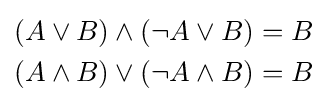
{\begin{aligned}(A\vee B)\wedge (\lnot A\vee B)&=B\\(A\wedge B)\vee (\lnot A\wedge B)&=B\end{aligned}}